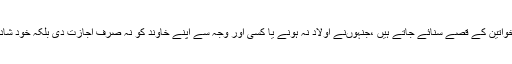
ایسی چندخواتین کے قصے سنائے جاتے ہیں ،جنہوں‌نے اولاد نہ ہونے یا کسی اور وجہ سے اپنے خاوند کو نہ صرف اجازت دی بلکہ خود شادی کرائی۔